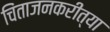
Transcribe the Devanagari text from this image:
चिंताजनकरीत्या